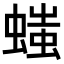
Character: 𧏬